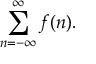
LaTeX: \displaystyle \sum _ { n = - \infty } ^ { \infty } f ( n ) .